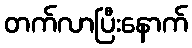
တက်လာပြီးနောက်